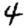
Digit: 4